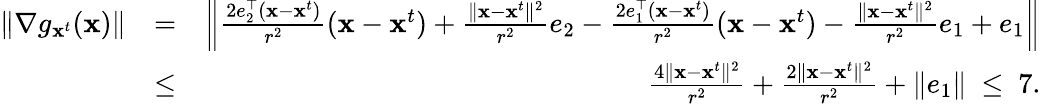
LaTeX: \begin{array}{rlr}{\| \nabla g_{\mathbf x^{t}}(\mathbf x)\| }&{=}&{\left\| \frac{2e_{2}^{\top}(\mathbf x-\mathbf x^{t})}{r^{2}}(\mathbf x-\mathbf x^{t})+\frac{\| \mathbf x-\mathbf x^{t}\| ^{2}}{r^{2}}e_{2}-\frac{2e_{1}^{\top}(\mathbf x-\mathbf x^{t})}{r^{2}}(\mathbf x-\mathbf x^{t})-\frac{\| \mathbf x-\mathbf x^{t}\| ^{2}}{r^{2}}e_{1}+e_{1}\right\| }\\ &{\leq}&{\frac{4\| \mathbf x-\mathbf x^{t}\| ^{2}}{r^{2}}+\frac{2\| \mathbf x-\mathbf x^{t}\| ^{2}}{r^{2}}+\| e_{1}\| \ \leq\ 7.}\end{array}